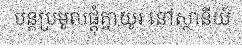
បន្តប្រមូលផ្តុំគ្នាយូរ នៅស្ថានីយ៍